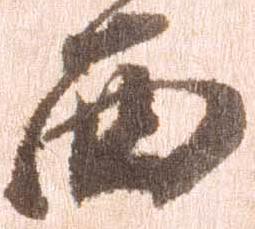
西